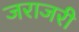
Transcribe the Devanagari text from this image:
जराजरी